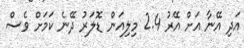
އަދި އޭނާ އަށް އޭރު 2.4 މިލިއަން ޑޮލަރު ދޭނެ ކަމަށް ވެސް